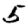
Digit: 5